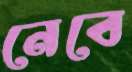
নেবে